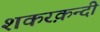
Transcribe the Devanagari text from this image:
शकरक़न्दी